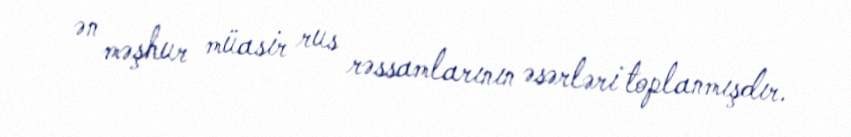
ən məşhur müasir rus rəssamlarının əsərləri toplanmışdır.